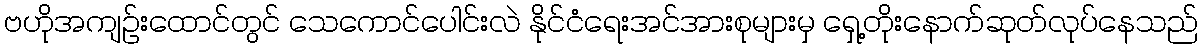
ဗဟိုအကျဉ်းထောင်တွင် သေကောင်ပေါင်းလဲ နိုင်ငံရေးအင်အားစုများမှ ရှေ့တိုးနောက်ဆုတ်လုပ်နေသည်